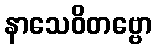
နာသေဝိတဗ္ဗော